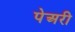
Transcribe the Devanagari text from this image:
पेअरी